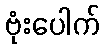
ဗုံးပေါက်